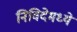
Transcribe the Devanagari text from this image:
निविदेमध्ये